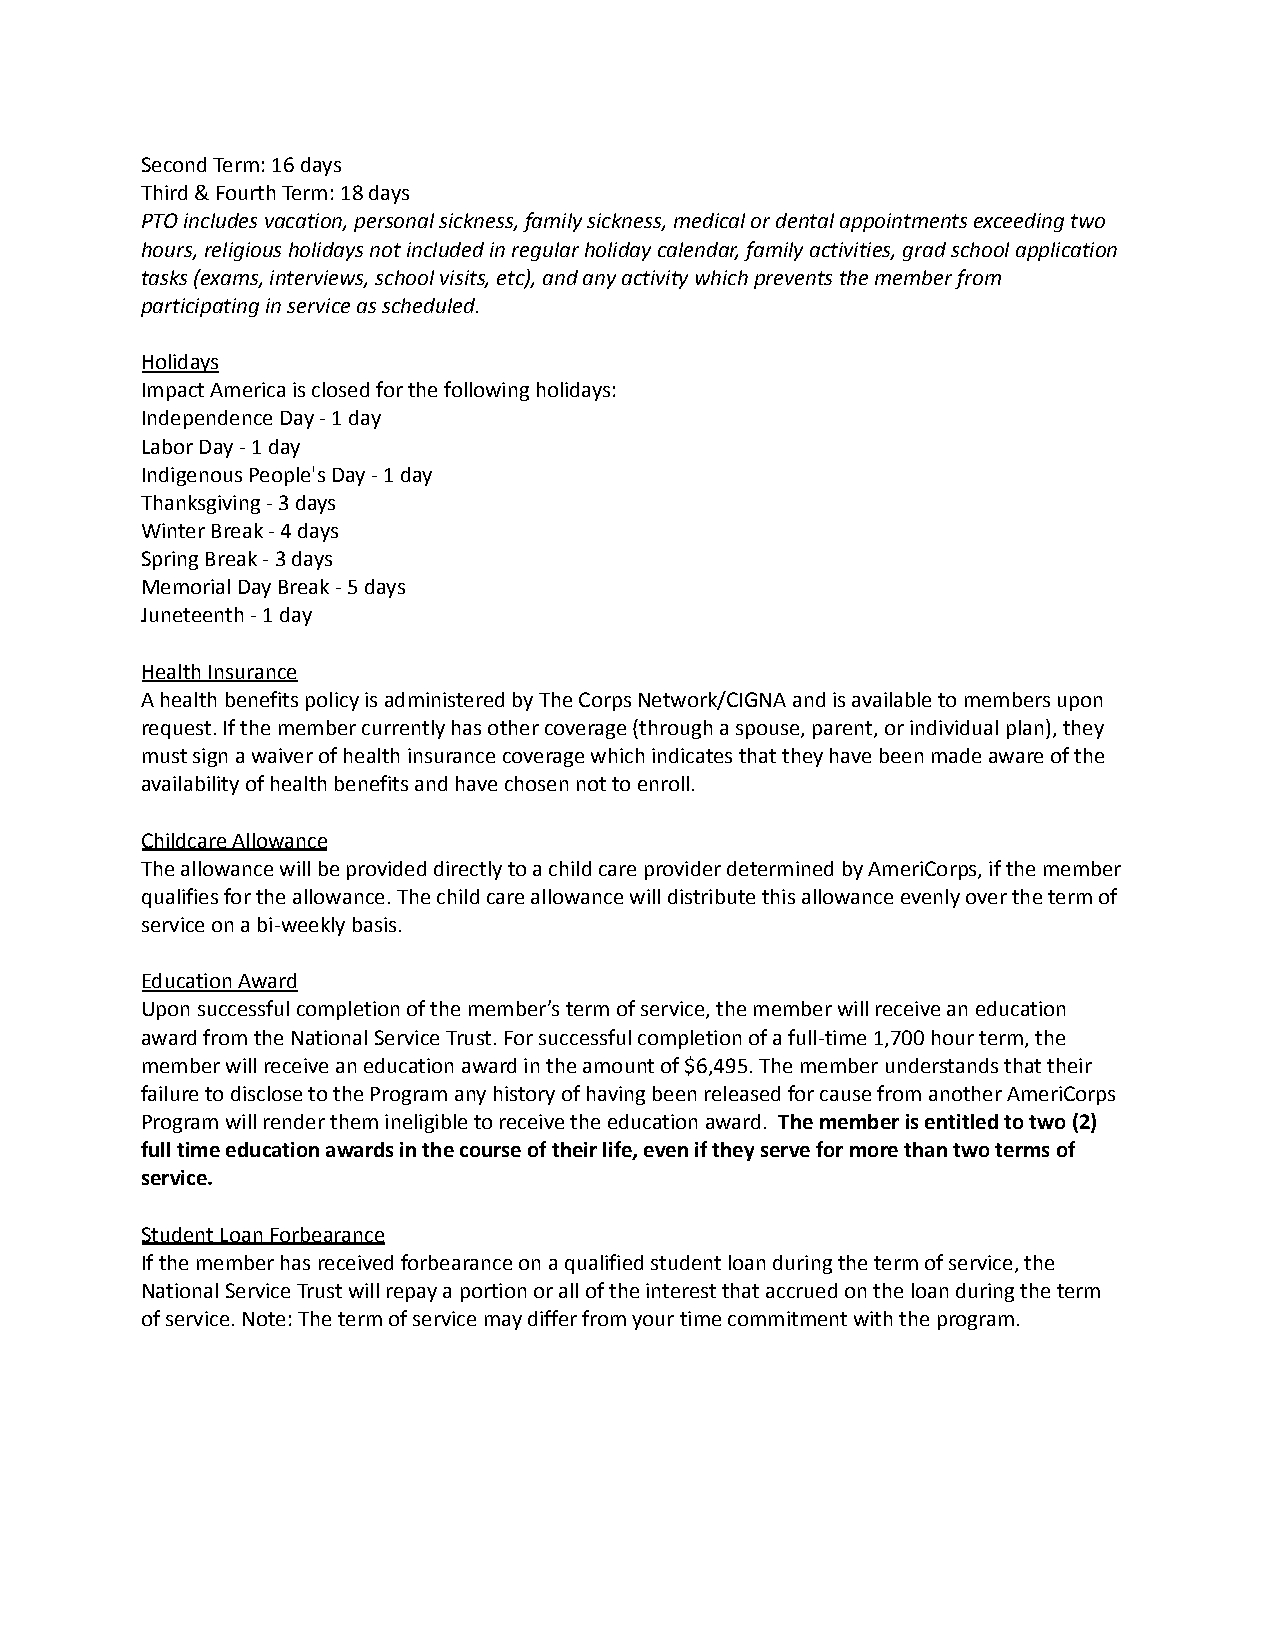
Second Term: 16 days
 Third & Fourth Term: 18 days
 PTO includes vacation, personal sickness, family sickness, medical or dental appointments exceeding two
 hours, religious holidays not included in regular holiday calendar, family activities, grad school application
 tasks (exams, interviews, school visits, etc), and any activity which prevents the member from
 participating in service as scheduled.
 Holidays
 Impact America is closed for the following holidays:
 Independence Day - 1 day
 Labor Day - 1 day
 Indigenous People's Day - 1 day
 Thanksgiving - 3 days
 Winter Break - 4 days
 Spring Break - 3 days
 Memorial Day Break - 5 days
 Juneteenth - 1 day
 Health Insurance
 A health benefits policy is administered by The Corps Network/CIGNA and is available to members upon
 request. If the member currently has other coverage (through a spouse, parent, or individual plan), they
 must sign a waiver of health insurance coverage which indicates that they have been made aware of the
 availability of health benefits and have chosen not to enroll.
 Childcare Allowance
 The allowance will be provided directly to a child care provider determined by AmeriCorps, if the member
 qualifies for the allowance. The child care allowance will distribute this allowance evenly over the term of
 service on a bi-weekly basis.
 Education Award
 Upon successful completion of the member’s term of service, the member will receive an education
 award from the National Service Trust. For successful completion of a full-time 1,700 hour term, the
 member will receive an education award in the amount of $6,495. The member understands that their
 failure to disclose to the Program any history of having been released for cause from another AmeriCorps
 Program will render them ineligible to receive the education award. The member is entitled to two (2)
 full time education awards in the course of their life, even if they serve for more than two terms of
 service.
 Student Loan Forbearance
 If the member has received forbearance on a qualified student loan during the term of service, the
 National Service Trust will repay a portion or all of the interest that accrued on the loan during the term
 of service. Note: The term of service may differ from your time commitment with the program.